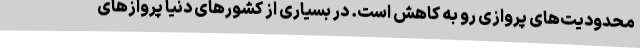
محدودیت‌های پروازی رو به کاهش است. در بسیاری از کشورهای دنیا پروازهای